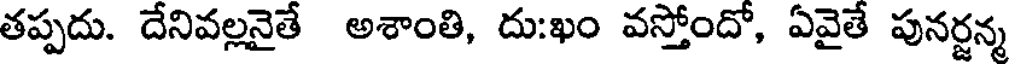
తప్పదు. దేనివల్లనైతే అశాంతి, దుఃఖం వస్తోందో, ఏవైతే పునర్జన్మ